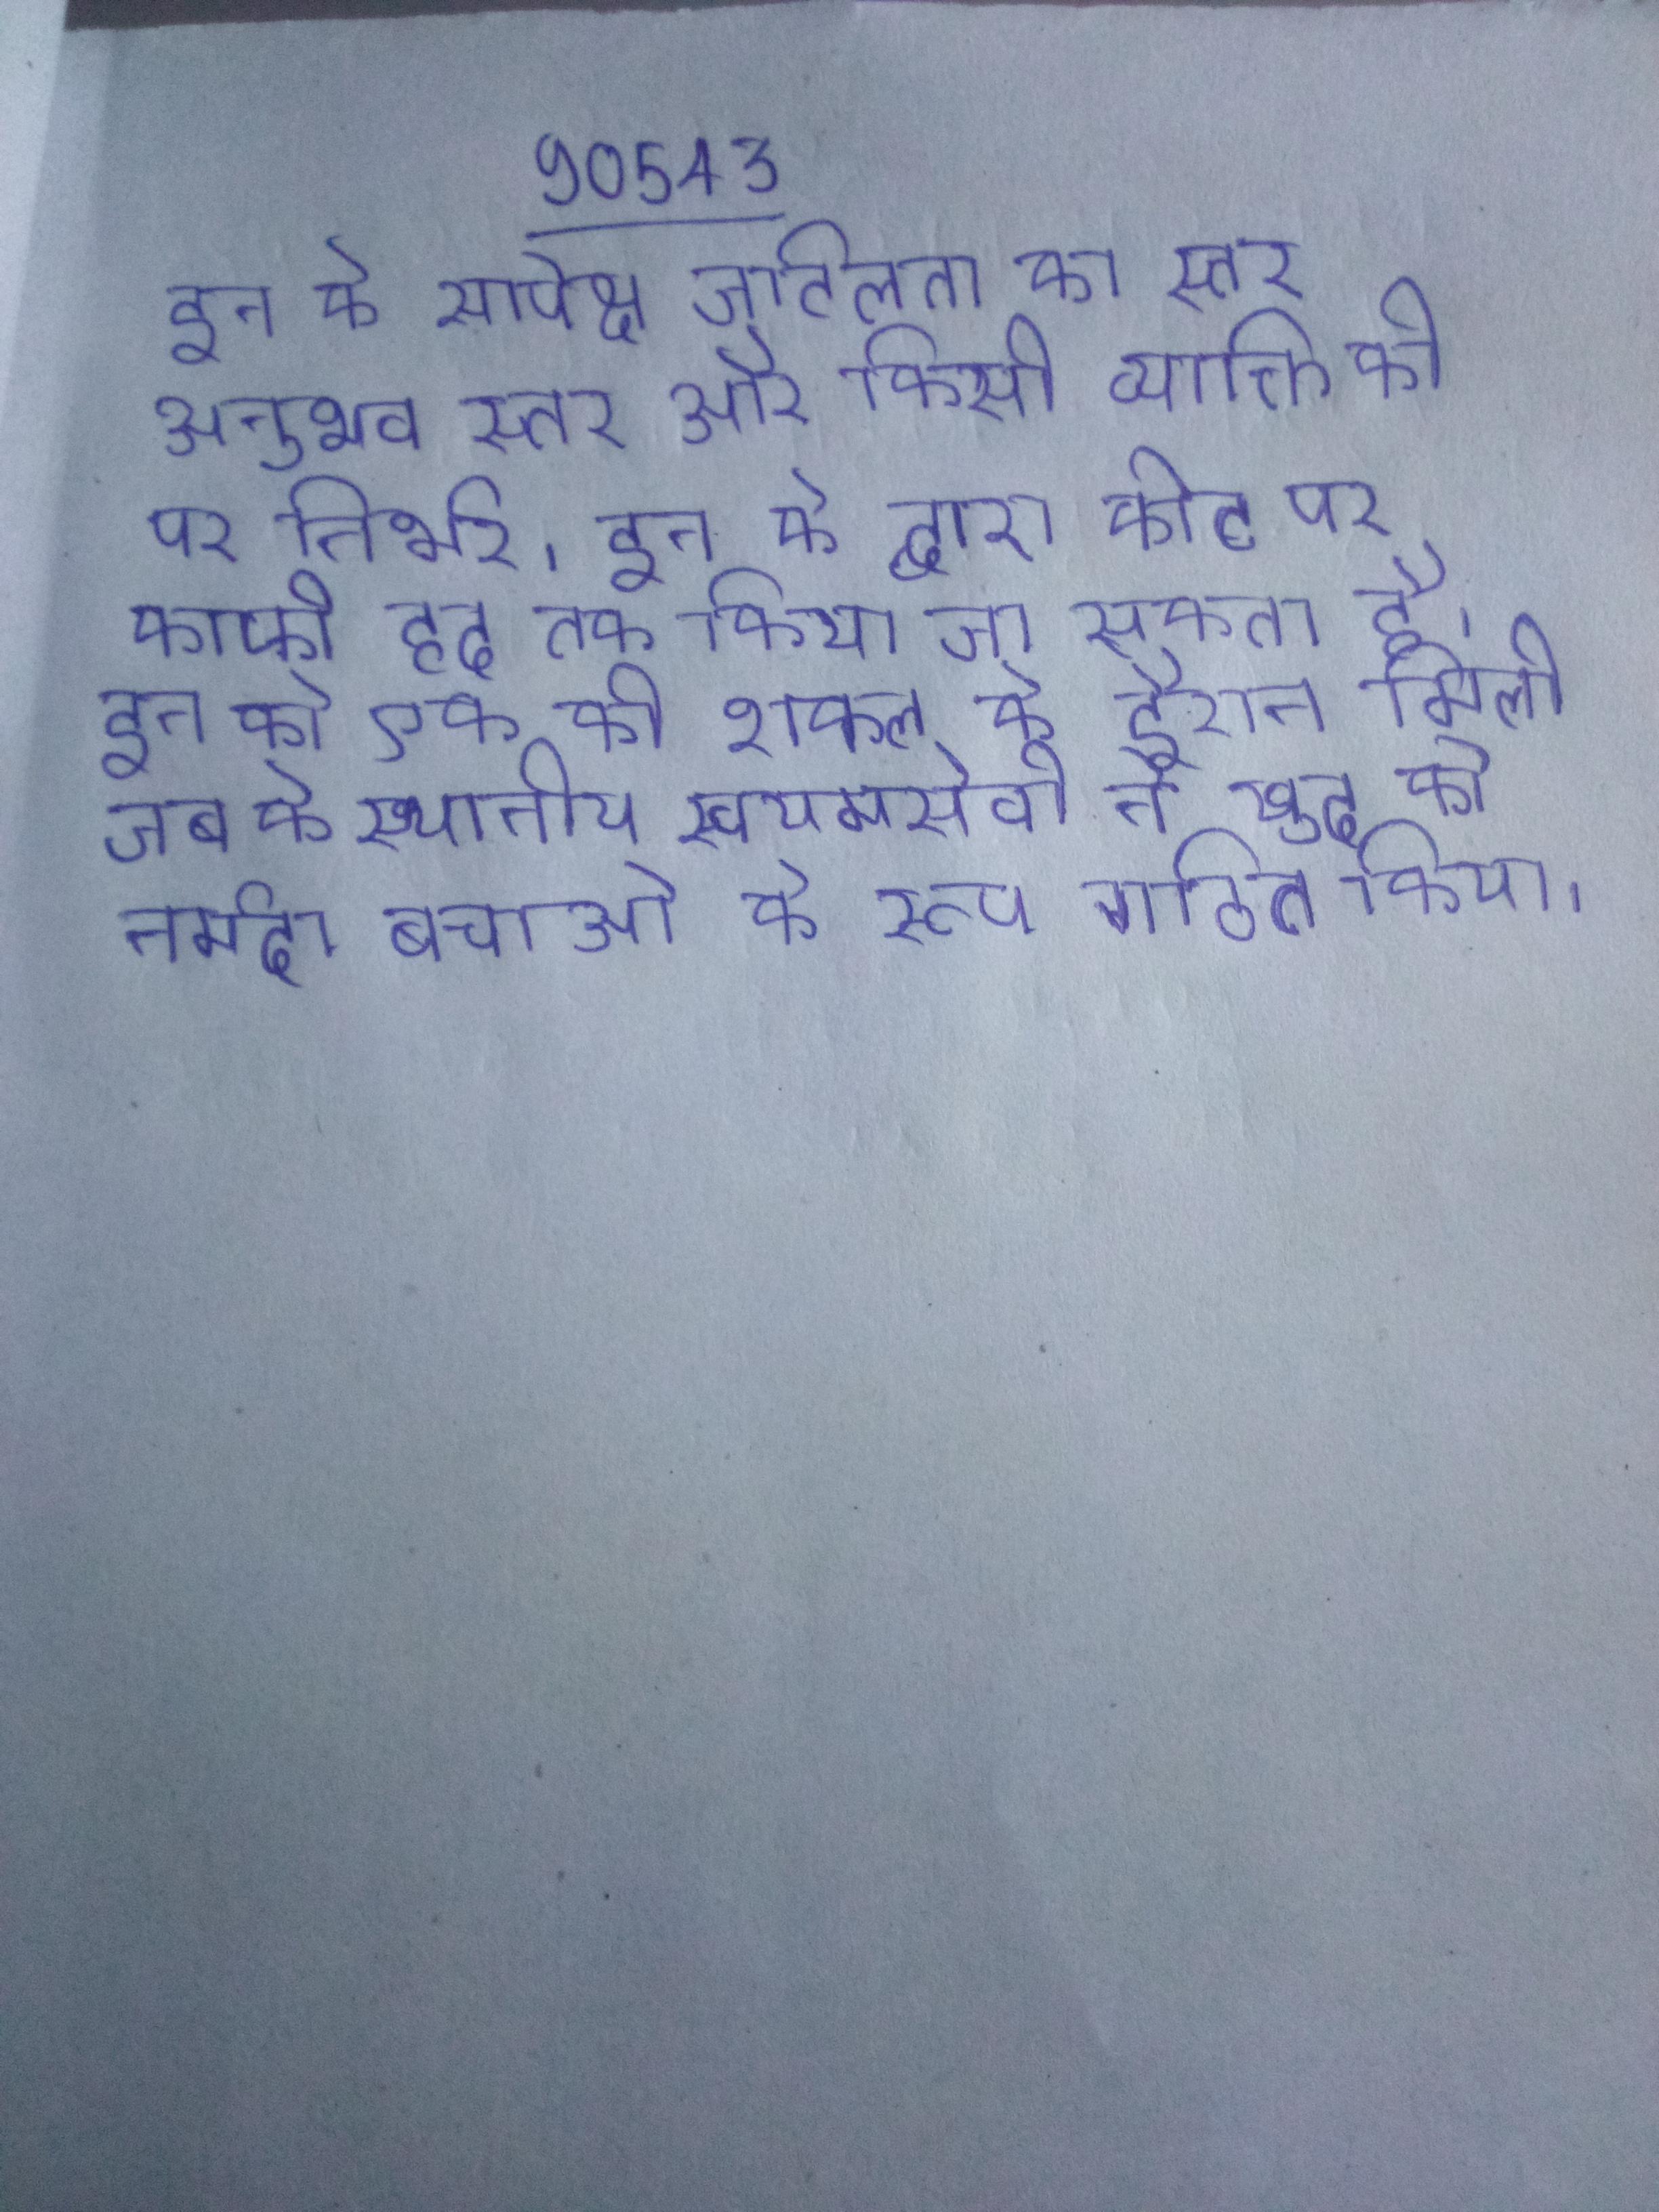
इन के सापेक्ष जटिलता का स्तर अनुभव स्तर और किसी व्याक्ति की पर निर्भर । इन के द्वारा कीट पर काफी हद तक किया जा सकता है । इन को एक की शक्ल के दौरान मिली जब के स्थानीय स्वयमसेवी ने खुद को नर्मदा बचाओ के रूप गठित किया ।